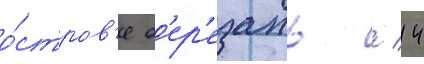
о́стров'е б'ер'езань / 14